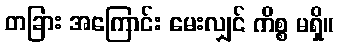
တခြား အကြောင်း မေးလျှင် ကိစ္စ မရှိ။